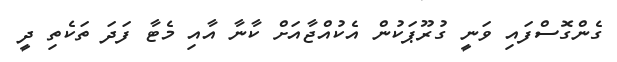
ގެންގޮސްފައި ވަނީ ގުރޫޕަކުން އެކުއްޖާއަށް ކާނާ އާއި މެޓާ ފަދަ ތަކެތި ދީ